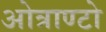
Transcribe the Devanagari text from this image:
ओत्राण्टो